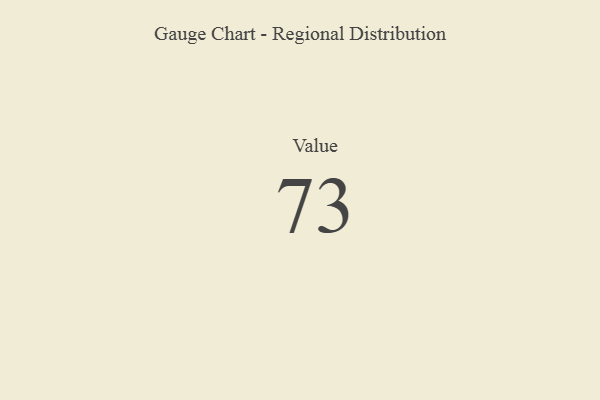
{"axis": {"x": "Metric", "y": "Value"}, "legend": [""], "data": [{"x": "Value", "y": 73, "type": ""}]}